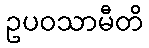
ဥပဝသာမီတိ